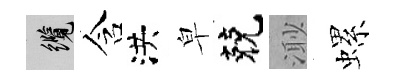
纜含洪皁兢𣺌螺